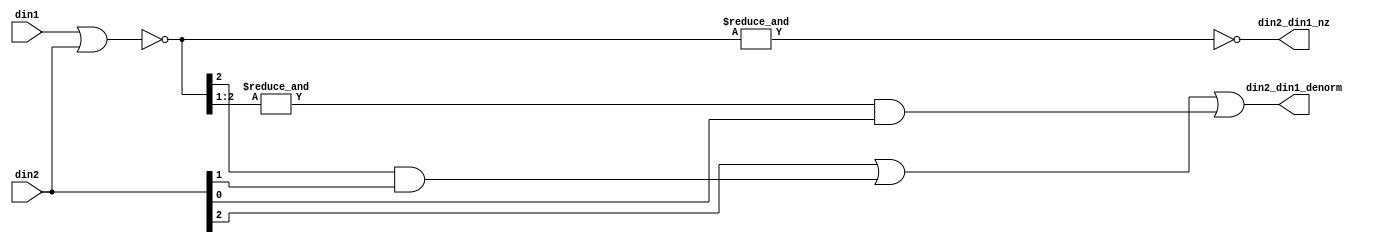
module fpu_denorm_3b (
	din1,
	din2,

	din2_din1_nz,
	din2_din1_denorm
);


input [2:0]     din1;                   // input 1- 3 bits
input [2:0]     din2;                   // input 2- 3 bits

output		din2_din1_nz;		// input 1 and input 2 are not 0
output		din2_din1_denorm;	// input 1 is a denorm


wire [2:0]	din2_din1_zero;
wire		din2_din1_nz;
wire		din2_din1_denorm;


assign din2_din1_zero[2:0]= (~(din1 | din2));

assign din2_din1_nz= (!(&din2_din1_zero[2:0]));

assign din2_din1_denorm= din2[2]
		|| (din2_din1_zero[2] && din2[1])
		|| ((&din2_din1_zero[2:1]) && din2[0]);


endmodule